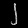
Digit: ၂